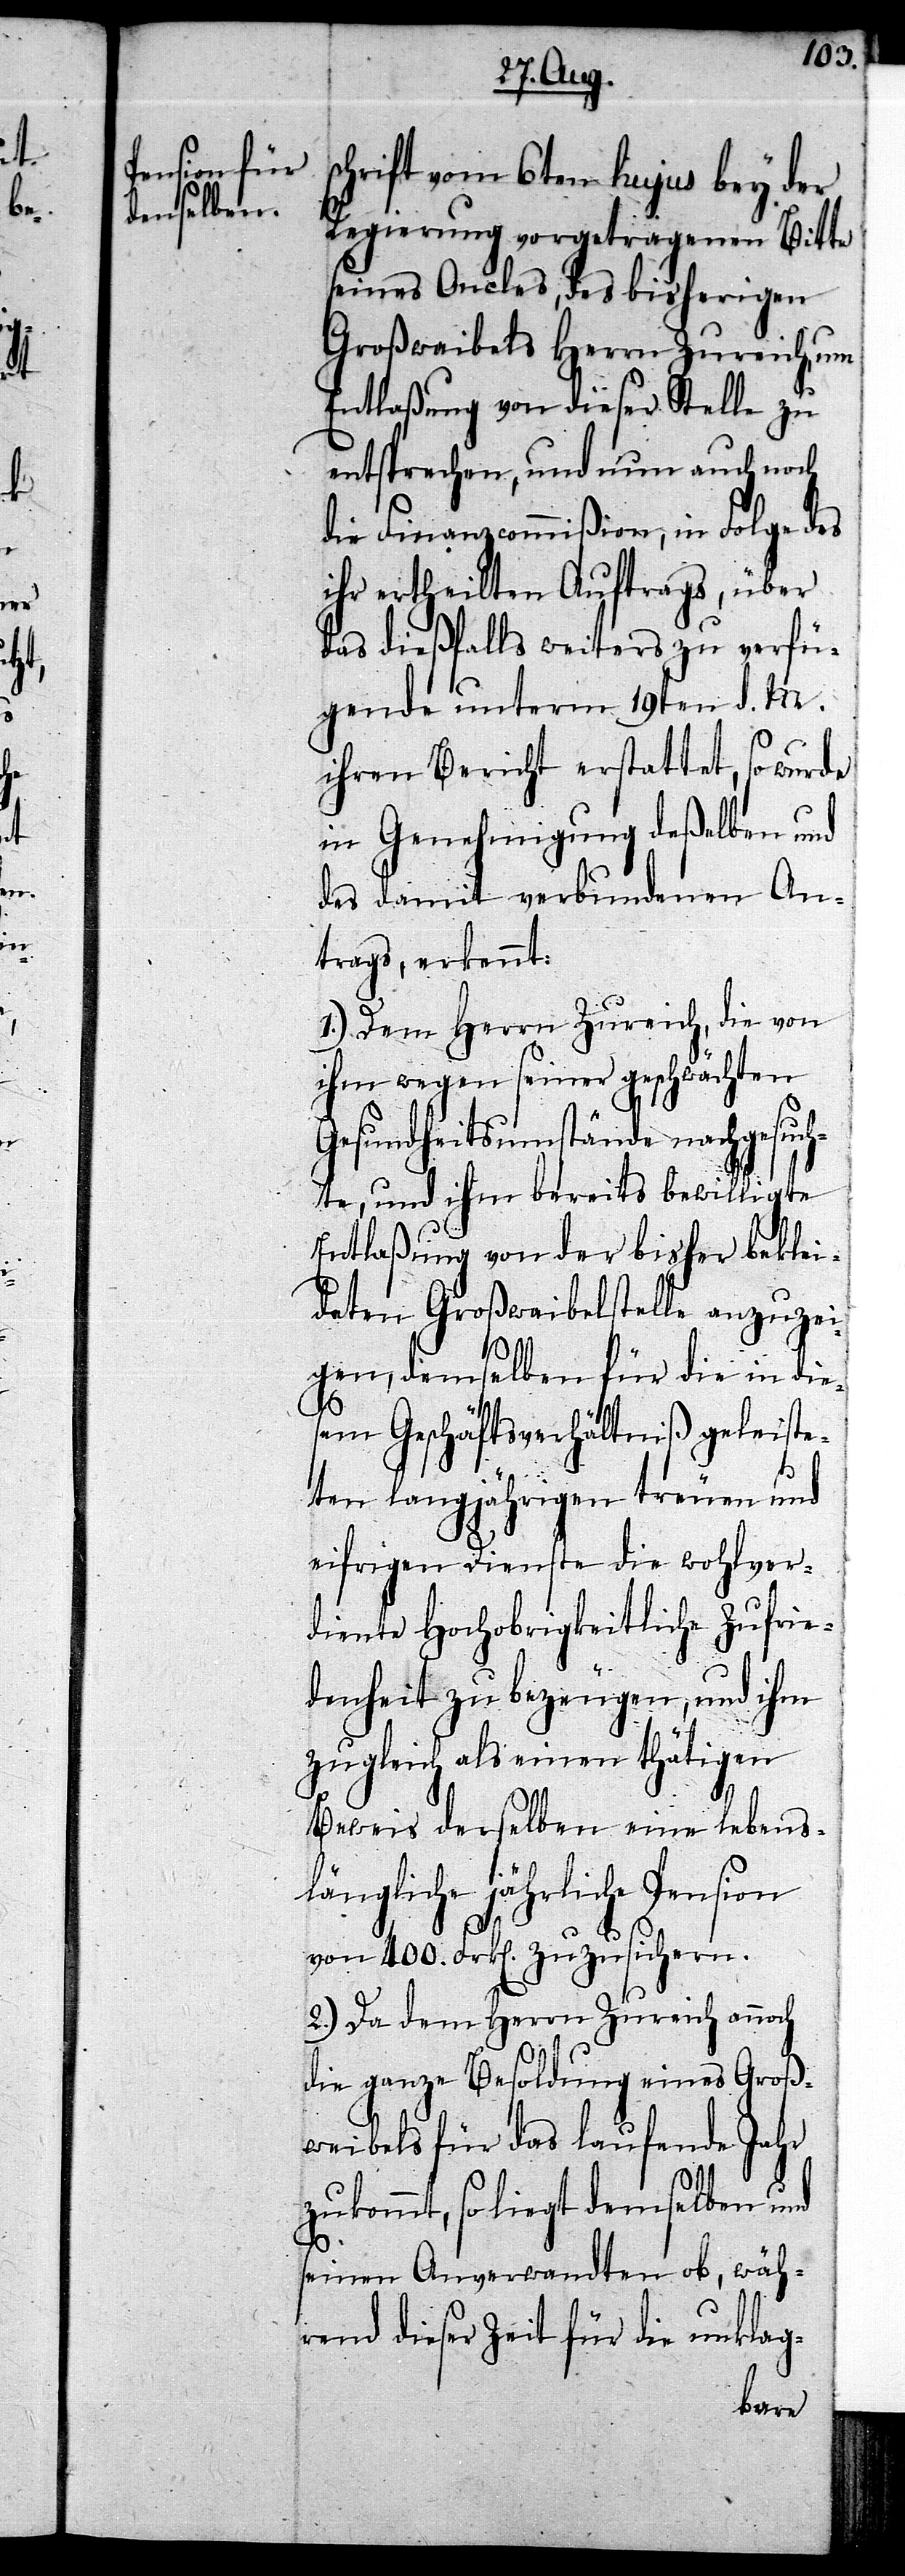
schrift vom 6ten hujus bey der
Regierung vorgetragenen Bitte
seines Oncles, des bisherigen
Großwaibels Herrn Zureich, um
Entlaßung von dieser Stelle zu
entsprechen, und nun auch noch
die Finanzcommißion, in Folge des
ihr ertheilten Auftrags, über
das dießfalls weiters zu verfü¬
gende unterm 19ten d. M.
ihren Bericht erstattet, so wurde
in Genehmigung deßelben und
des damit verbundenen An¬
trags, erkennt:
1.) Dem Herrn Zureich, die von
ihm wegen seiner geschwächten
Gesundheitsumstände nachgesuc¬
hte, und ihm bereits bewilligte
Entlaßung von der bisher beklei¬
deten Großwaibelstelle anzuzei¬
gen, demselben für die in die¬
sem Geschäftsverhältniß geleiste¬
ten langjährigen treuen und
eifrigen Dienste die wohlver¬
diente Hochobrigkeitliche Zufrie¬
denheit zu bezeugen, und ihm
zugleich als einen thätigen
Beweis derselben eine lebens¬
längliche jährliche Pension
von 400. Frk[en] zuzusichern.
2.) Da dem Herrn Zureich annoch
die ganze Besoldung eines Groß¬
weibels für das laufende Jahr
zukommt, so liegt demselben und
seinen Anverwandten ob, wäh¬
rend dieser Zeit für die unklag-